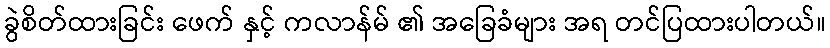
ခွဲစိတ်ထားခြင်း ဖေက် နှင့် ကလာန်မ် ၏ အခြေခံများ အရ တင်ပြထားပါတယ်။